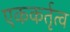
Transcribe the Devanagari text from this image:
एककर्तृत्व